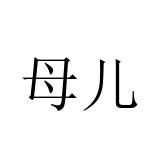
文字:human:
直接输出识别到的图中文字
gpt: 母儿